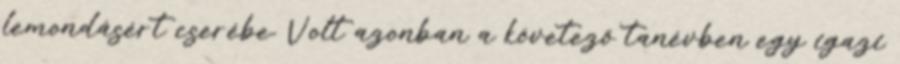
lemondásért cserébe. Volt azonban a követező tanévben egy igazi